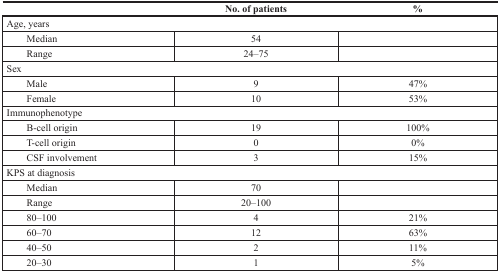
|  | No. of patients | % |
 | --- | --- | --- |
 | <COLSPAN=3> Age, years |
 | Median | 54 |  |
 | Range | 24–75 |  |
 | <COLSPAN=3> Sex |
 | Male | 9 | 47% |
 | Female | 10 | 53% |
 | <COLSPAN=3> Immunophenotype |
 | B-cell origin | 19 | 100% |
 | T-cell origin | 0 | 0% |
 | CSF involvement | 3 | 15% |
 | <COLSPAN=3> KPS at diagnosis |
 | Median | 70 |  |
 | Range | 20–100 |  |
 | 80–100 | 4 | 21% |
 | 60–70 | 12 | 63% |
 | 40–50 | 2 | 11% |
 | 20–30 | 1 | 5% |